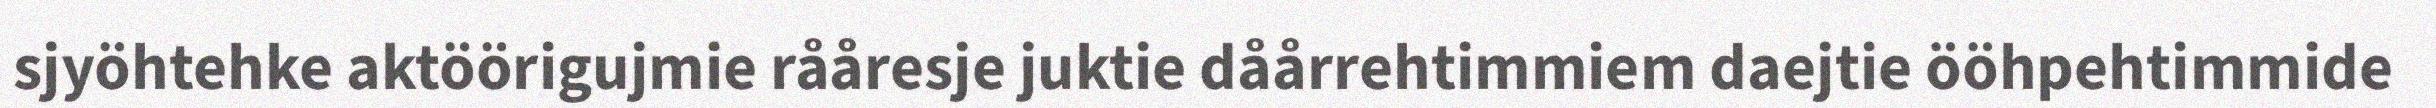
sjyöhtehke aktöörigujmie rååresje juktie dåårrehtimmiem daejtie ööhpehtimmide